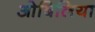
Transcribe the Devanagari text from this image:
ओबिलिया